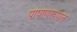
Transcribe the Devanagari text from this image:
पाषाणरूपात